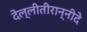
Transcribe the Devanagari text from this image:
देल्लीतीरान्नीदे